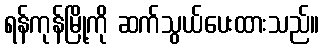
ရန်ကုန်မြို့ကို ဆက်သွယ်ပေးထားသည်။